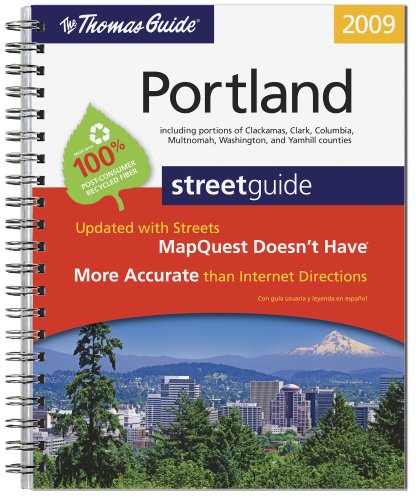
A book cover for The Thomas Guide 2009 Portland: Street Guide; Travel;